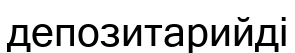
депозитарийді